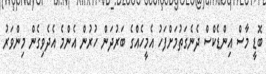
ބޮޑީ މާސް އިންޑެކްސް ދެނެގަތުމަށްފަހު އެމީހެއްގެ ބަރުދަން ހުރުން އެންމެ އެދެވިގެން މިންވަރު